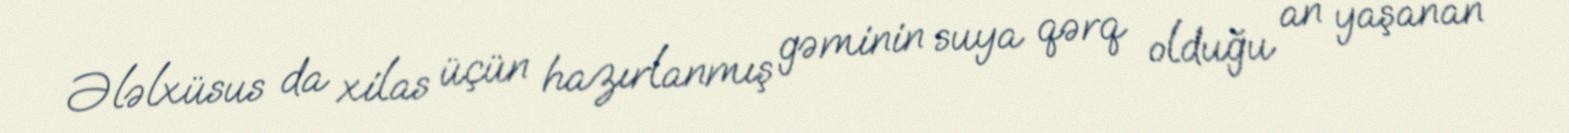
Ələlxüsus da xilas üçün hazırlanmış gəminin suya qərq olduğu an yaşanan